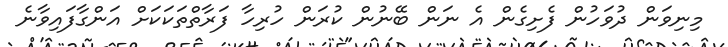
މިނިވަން ދުވަހުން ފެށިގެން އެ ނަން ބޭނުން ކުރަން ހުރިހާ ފަރާތްތަކަކަށް އަންގާފައިވާނެ